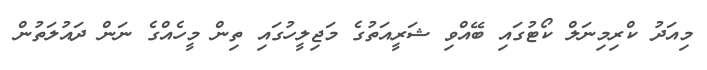
މިއަދު ކްރިމިނަލް ކޯޓުގައި ބޭއްވި ޝަރީއަތުގެ މަޖިލީހުގައި ތިން މީހެއްގެ ނަން ދައުލަތުން